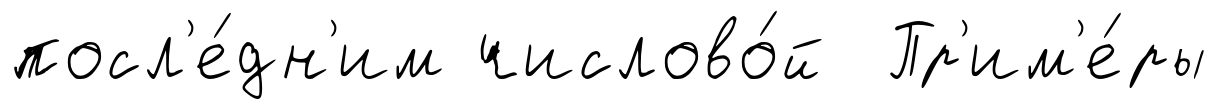
посл'е́дн'им числово́й Пр'им'е́ры